Lock hospitals Punjab
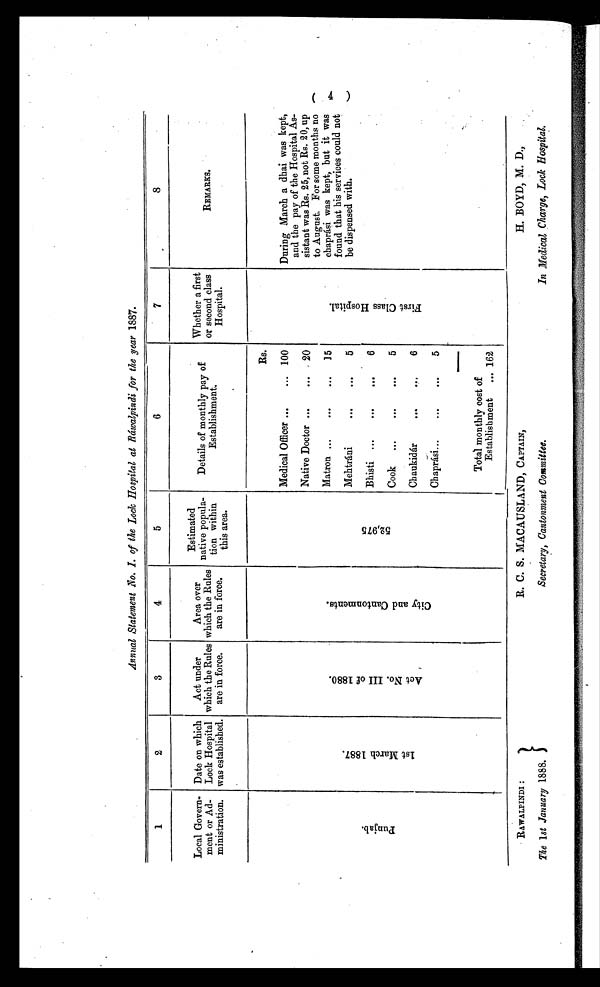
RAWALPINDI :
The 1st January 1888.
R. C. S. MACAUSLAND, CAPTAIN,
Secretary, Cantonment Committee.
H. BOYD, M. D.,
In Medical Charge, Lock Hospital.
Annual Statement No. I. of the Lock Hospital at Ráwalpindi for the year 1887.
1
2
3
4
5
6
7
8
Local Govern-
ment or Ad-
ministration.
Date on which
Lock Hospital
was established.
Act under
which the Rules
are in force.
Area over
which the Rules
are in force.
Estimated
native popula-
tion within
this area.
Details of monthly pay of
Establishment.
Whether a first
or second class
Hospital.
REMARKS.
P u n j a b .
1 s t M a r c h 1 8 8 7 .
A c t N o . I I I o f 1 8 8 0 .
C i t y a n d C a n t o n m e n t s .
5 2 , 9 7 5
Rs.
F i r s t C l a s s H o s p i t a l .
During March a dhai was kept,
and the pay of the Hospital As-
sistant was Rs. 25, not Rs. 20, up
to August. For some months no
chaprási was kept, but it was
found that his services could not
be di s pens ed wi t h.
Medical Officer
100
Native Doctor
20
Matron
15
M e h t r á n i
5
Bhisti
6
Cook
5
C h a u k i d á r
6
C h a p r á s i
5
Total monthly cost of
Establishment
162